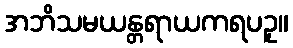
အဘိသမယန္တရာယကရပဥှ။